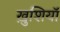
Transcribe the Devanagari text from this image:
ख़ुशियाॅ